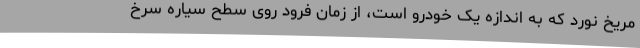
مریخ نورد که به اندازه یک خودرو است، از زمان فرود روی سطح سیاره سرخ